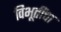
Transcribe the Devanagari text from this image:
विभूतींचा